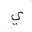
Letter: _ya